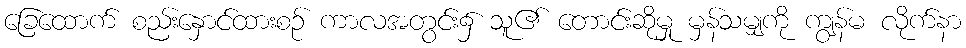
ခြေထောက် စည်းနှောင်ထားစဉ် ကာလအတွင်း၌ သူ၏ တောင်းဆိုမှု မှန်သမျှကို ကျွန်မ လိုက်နာ